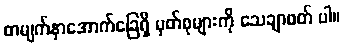
စာမျက်နှာအောက်ခြေရှိ မှတ်စုများကို သေချာဖတ် ပါ။